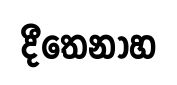
දීතෙනාහ